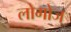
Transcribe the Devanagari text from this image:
लोगोज